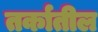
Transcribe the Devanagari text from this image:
तर्कातील